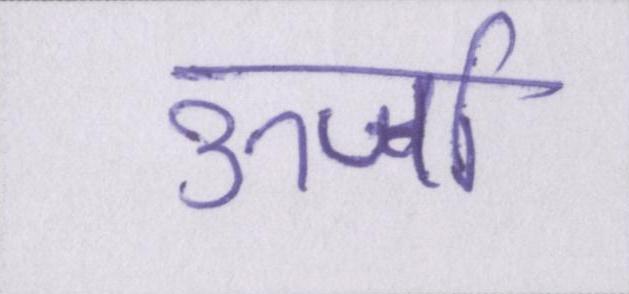
ऊर्जा